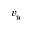
v _ { y }